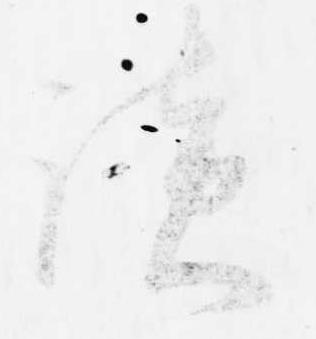
談